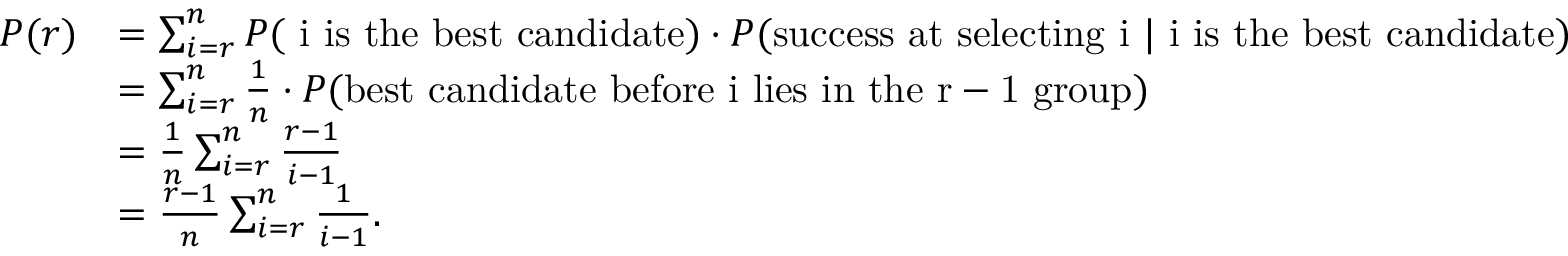
\begin{array} { r l } { P ( r ) } & { = \sum _ { i = r } ^ { n } P ( \mathrm { ~ i ~ i s ~ t h e ~ b e s t ~ c a n d i d a t e } ) \cdot P ( \mathrm { s u c c e s s ~ a t ~ s e l e c t i n g ~ i ~ } | \mathrm { ~ i ~ i s ~ t h e ~ b e s t ~ c a n d i d a t e } ) } \\ & { = \sum _ { i = r } ^ { n } { \frac { 1 } { n } } \cdot P ( \mathrm { b e s t ~ c a n d i d a t e ~ b e f o r e ~ i ~ l i e s ~ i n ~ t h e ~ r - 1 ~ g r o u p } ) } \\ & { = \frac { 1 } { n } \sum _ { i = r } ^ { n } \frac { r - 1 } { i - 1 } } \\ & { = \frac { r - 1 } { n } \sum _ { i = r } ^ { n } \frac { 1 } { i - 1 } . } \end{array}